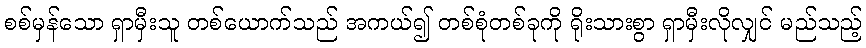
စစ်မှန်သော ရှာမှီးသူ တစ်ယောက်သည် အကယ်၍ တစ်စုံတစ်ခုကို ရိုးသားစွာ ရှာမှီးလိုလျှင် မည်သည့်